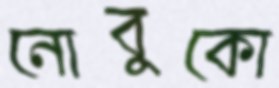
নোবুকো